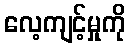
လေ့ကျင့်မှုကို